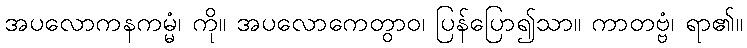
အပလောကနကမ္မံ၊ ကို။ အပလောကေတွာဝ၊ ပြန်ပြော၍သာ။ ကာတဗ္ဗံ၊ ရာ၏။